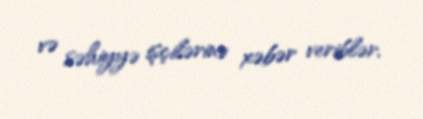
və səhiyyə işçilərinə xəbər veriblər.